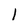
Character: l